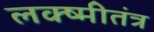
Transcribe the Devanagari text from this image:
लक्ष्मीतंत्र